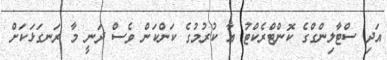
އަދި ސްޓާލިންގްގެ ކޮންޓްރެކްޓު އާ ކުރުމުގެ ކަންކަން ވެސް ދަނީ މާ ރަނގަޅަކަށް